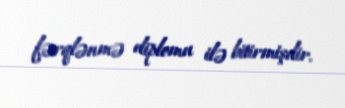
fərqlənmə diplomu ilə bitirmişdir.